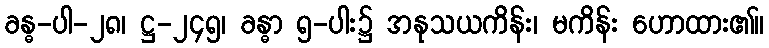
ခန္ဓ-ပါ-၂၈၊ ဋ္ဌ-၂၄၅၊ ခန္ဓာ ၅-ပါး၌ အနုသယကိန်း၊ မကိန်း ဟောထား၏။